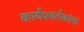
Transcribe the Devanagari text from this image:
कार्यप्रवर्तकांचा